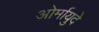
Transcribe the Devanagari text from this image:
ओर्मायुदे